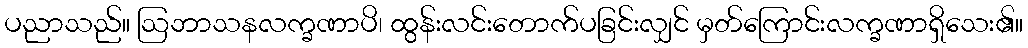
ပညာသည်။ ဩဘာသနလက္ခဏာပိ၊ ထွန်းလင်းတောက်ပခြင်းလျှင် မှတ်ကြောင်းလက္ခဏာရှိသေး၏။